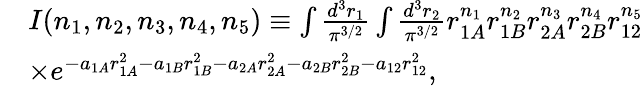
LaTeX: \begin{array}{rl}&{I(n_{1},n_{2},n_{3},n_{4},n_{5})\equiv\int\frac{d^{\mathrm{3}}r_{1}}{\pi^{3/2}}\int\frac{d^{\mathrm{3}}r_{2}}{\pi^{3/2}}r_{1A}^{n_{1}}r_{1B}^{n_{2}}r_{2A}^{n_{3}}r_{2B}^{n_{4}}r_{12}^{n_{5}}}\\ &{\times e^{-a_{1A}r_{1A}^{2}-a_{1B}r_{1B}^{2}-a_{2A}r_{2A}^{2}-a_{2B}r_{2B}^{2}-a_{12}r_{12}^{2}},}\end{array}